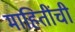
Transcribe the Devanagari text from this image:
माहितींची